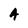
Character: A